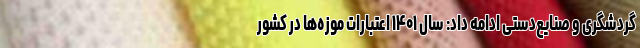
گردشگری و صنایع‌دستی ادامه داد: سال ۱۴۰۱ اعتبارات موزه‌ها در کشور